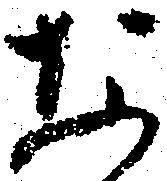
な